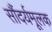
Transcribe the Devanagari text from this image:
सौंदर्यमूलक